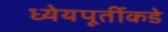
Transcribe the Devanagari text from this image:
ध्येयपूर्तीकडे